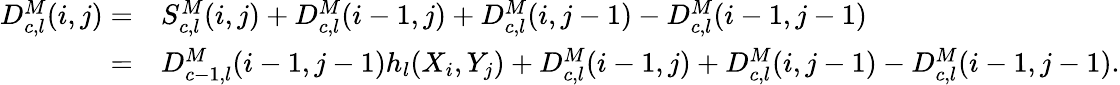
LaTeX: \begin{array}{rl}{D_{c,l}^{M}(i,j)=}&{S_{c,l}^{M}(i,j)+D_{c,l}^{M}(i-1,j)+D_{c,l}^{M}(i,j-1)-D_{c,l}^{M}(i-1,j-1)}\\ {=}&{D_{c-1,l}^{M}(i-1,j-1)h_{l}(X_{i},Y_{j})+D_{c,l}^{M}(i-1,j)+D_{c,l}^{M}(i,j-1)-D_{c,l}^{M}(i-1,j-1).}\end{array}